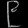
Digit: ၉